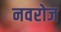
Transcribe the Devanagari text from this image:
नवरोज